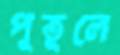
পুতুলে